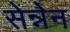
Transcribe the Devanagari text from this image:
सेन्नेन